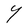
Character: Y